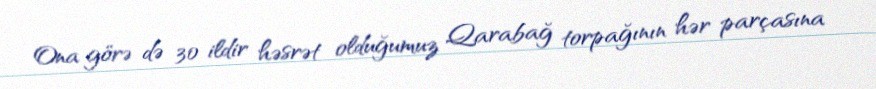
Ona görə də 30 ildir həsrət olduğumuz Qarabağ torpağının hər parçasına